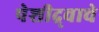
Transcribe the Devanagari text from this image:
पेशीद्र्वाचे